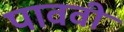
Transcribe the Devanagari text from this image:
पाववी